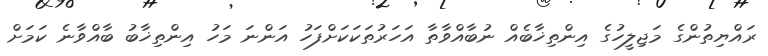
ރައްޔިތުންގެ މަޖިލީހުގެ އިންތިޚާބެއް ނުބާއްވާތާ އަހަރުތަކަކަށްފަހު އަންނަ މަހު އިންތިޚާބު ބާއްވާނެ ކަމަށް